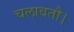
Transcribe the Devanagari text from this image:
चलावतौ।